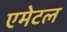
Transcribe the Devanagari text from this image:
एमेटल